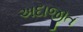
અદાજીત